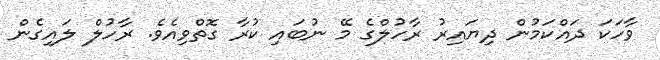
ވާހަކަ ދައްކަމުން ދިޔައިރު ރާހުލްގެ މޭ ނުބައި ކުރާ ގޮތްވިއެވެ. ރާހުލް ލައިގެން